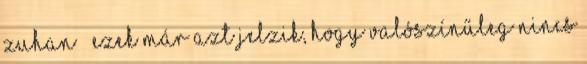
zuhan – ezek már azt jelzik, hogy valószínűleg nincs